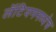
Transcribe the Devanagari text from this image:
लॅटियममध्येच